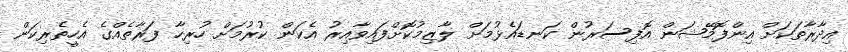
އިދާރާތަަކަށް އިންފޮމޭޝަން އޮފިސަރުން ކަނޑައެޅުމަށް ލާޒިމުކޮށްފައިވާއިރު އެކަން ކުރުމަށް ހުރިހާ ފަރާތެއްގެ އެހީތެރިކަން